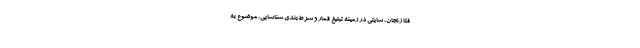
فتا زنجان، سایتی در زمینه تبلیغ قمار و شرط‌بندی شناسایی، موضوع به